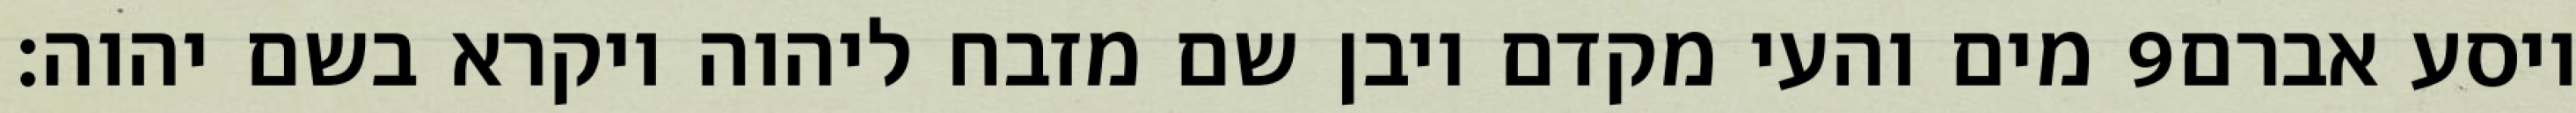
מים והעי מקדם ויבן שם מזבח ליהוה ויקרא בשם יהוה׃ ‎9‏ ויסע אברם